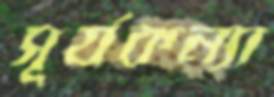
সূর্যকন্যা